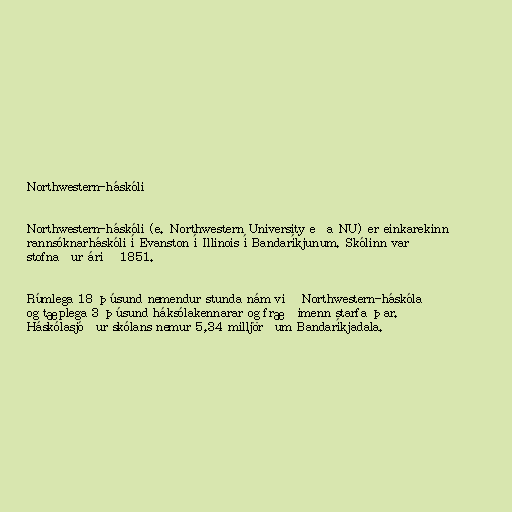
Northwestern-háskóli

Northwestern-háskóli (e. Northwestern University eða NU) er einkarekinn
rannsóknarháskóli í Evanston í Illinois í Bandaríkjunum. Skólinn var
stofnaður árið 1851.

Rúmlega 18 þúsund nemendur stunda nám við Northwestern-háskóla
og tæplega 3 þúsund háksólakennarar og fræðimenn starfa þar.
Háskólasjóður skólans nemur 5,34 milljörðum Bandaríkjadala.